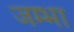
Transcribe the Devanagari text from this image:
जम्भा